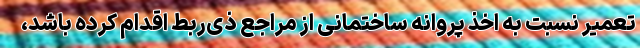
تعمیر نسبت به اخذ پروانه ساختمانی از مراجع ذی‌ربط اقدام کرده باشد،